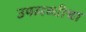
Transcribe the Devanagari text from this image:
उपलब्धीचा